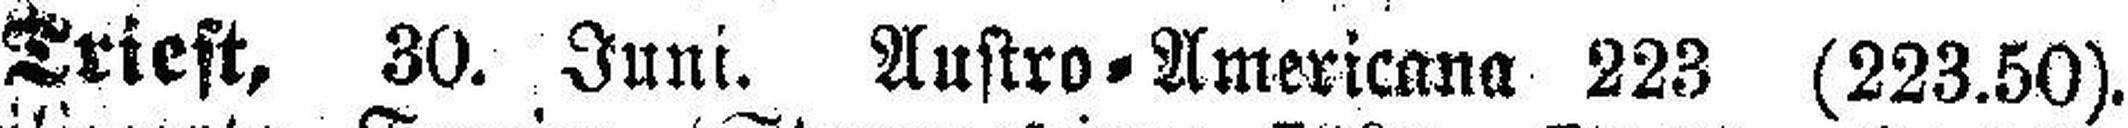
Triest, 30. Juni. Austro=Americana 223 (223.50).